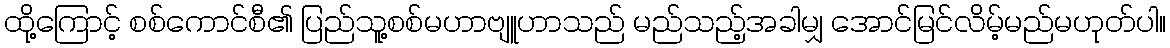
ထို့ကြောင့် စစ်ကောင်စီ၏ ပြည်သူ့စစ်မဟာဗျူဟာသည် မည်သည့်အခါမျှ အောင်မြင်လိမ့်မည်မဟုတ်ပါ။